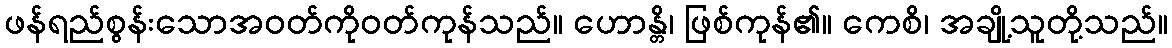
ဖန်ရည်စွန်းသောအဝတ်ကိုဝတ်ကုန်သည်။ ဟောန္တိ၊ ဖြစ်ကုန်၏။ ကေစိ၊ အချို့သူတို့သည်။